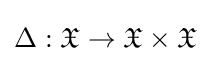
\Delta :{\mathfrak {X}}\to {\mathfrak {X}}\times {\mathfrak {X}}